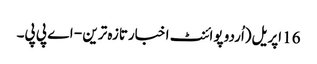
16 اپریل(اُردو پوائنٹ اخبارتازہ ترین - اے پی پی۔